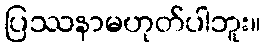
ပြဿနာမဟုတ်ပါဘူး။